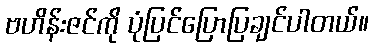
ဗဟိန်းဇင်ကို ပုံပြင်ပြောပြချင်ပါတယ်။